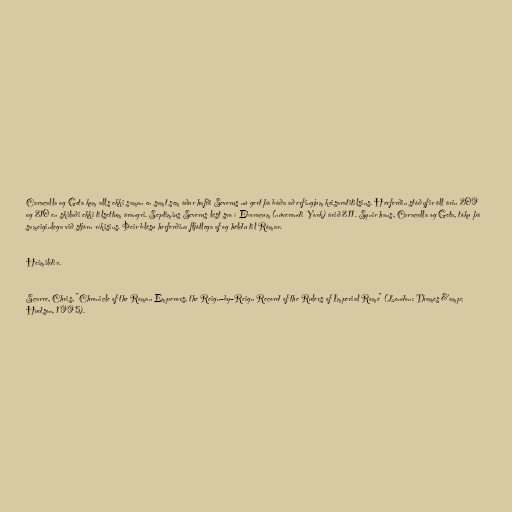
Caracalla og Geta kom alls ekki saman en samt sem áður hafði Severus nú gert þá báða að erfingjum keisaratitilsins. Herferðin stóð yfir öll árin 209
og 210 en skilaði ekki tilsettum árangri. Septimius Severus lést svo í Eboracum (núverandi York) árið 211. Synir hans, Caracalla og Geta, tóku þá
sameiginlega við stjórn ríkisins. Þeir blésu herferðina fljótlega af og héldu til Rómar.

Heimildir.

Scarre, Chris, "Chronicle of the Roman Emperors, the Reign–by–Reign Record of the Rulers of Imperial Rome" (London: Thames &amp;
Hudson, 1995).